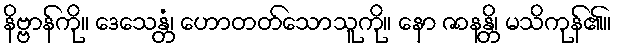
နိဗ္ဗာန်ကို။ ဒေသေန္တံ၊ ဟောတတ်သောသူကို။ နော ဇာနန္တိ၊ မသိကုန်၏။